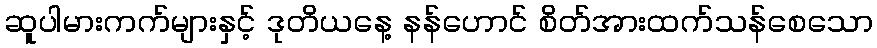
ဆူပါမားကက်များနှင့် ဒုတိယနေ့ နန်ဟောင် စိတ်အားထက်သန်စေသော